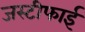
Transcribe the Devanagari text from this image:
जस्टीफाई